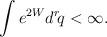
LaTeX: \begin{align*}\int e^{2W}d^r\!q<\infty. \end{align*}